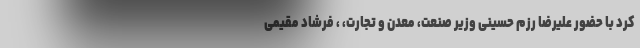
کرد با حضور علیرضا رزم حسینی وزیر صنعت، معدن و تجارت، ، فرشاد مقیمی